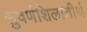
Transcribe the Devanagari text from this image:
सुवर्णशिलातीर्थ